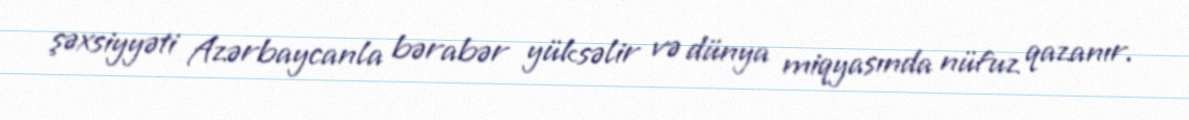
şəxsiyyəti Azərbaycanla bərabər yüksəlir və dünya miqyasında nüfuz qazanır.